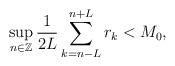
LaTeX: \begin{align*}\sup\limits_{n\in \mathbb{Z}}\frac{1}{2L}\sum\limits_{k=n-L}^{n+L}r_{k}<M_{0},\end{align*}